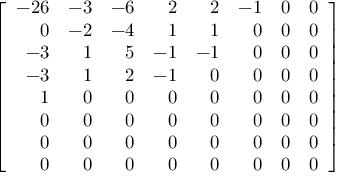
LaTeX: \left[ { \begin{array} { r r r r r r r r } { - 2 6 } & { - 3 } & { - 6 } & { 2 } & { 2 } & { - 1 } & { 0 } & { 0 } \\ { 0 } & { - 2 } & { - 4 } & { 1 } & { 1 } & { 0 } & { 0 } & { 0 } \\ { - 3 } & { 1 } & { 5 } & { - 1 } & { - 1 } & { 0 } & { 0 } & { 0 } \\ { - 3 } & { 1 } & { 2 } & { - 1 } & { 0 } & { 0 } & { 0 } & { 0 } \\ { 1 } & { 0 } & { 0 } & { 0 } & { 0 } & { 0 } & { 0 } & { 0 } \\ { 0 } & { 0 } & { 0 } & { 0 } & { 0 } & { 0 } & { 0 } & { 0 } \\ { 0 } & { 0 } & { 0 } & { 0 } & { 0 } & { 0 } & { 0 } & { 0 } \\ { 0 } & { 0 } & { 0 } & { 0 } & { 0 } & { 0 } & { 0 } & { 0 } \end{array} } \right]